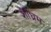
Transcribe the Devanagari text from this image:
शीघ्रम